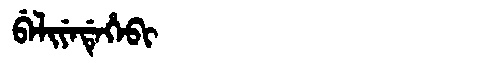
Manchu: ᠪᡝᠯᡳᠶᡝᡩᡝᡥᡝᠪᡳ
Romanization: BELIYEDEHEBI